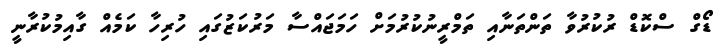
ޑޯގް ސްކޮޑް ރުކުރުވާ ތަންތަނާއި ތަމްރީނުކުރުމަށް ހަމަޖައްސާ މަރުކަޒުގައި ހުރިހާ ކަމެއް ގާއިމުކުރާނީ